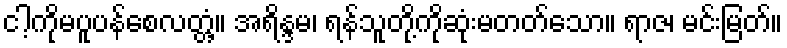
ငါ့ကိုမပူပန်စေလတ္တံ့။ အရိန္ဒမ၊ ရန်သူတို့ကိုဆုံးမတတ်သော။ ရာဇ၊ မင်းမြတ်။